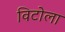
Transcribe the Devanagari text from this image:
विटोला